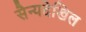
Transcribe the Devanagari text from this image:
सैन्यदेखिल